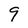
Character: 9